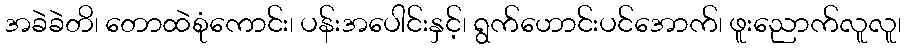
အခဲခဲတိ၊ တောထဲစုံကောင်း၊ ပန်းအပေါင်းနှင့်၊ ရွက်ဟောင်းပင်အောက်၊ ဖူးညောက်လူလူ၊